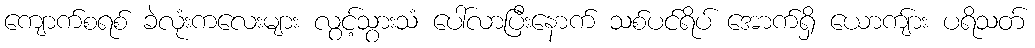
ကျောက်စရစ် ခဲလုံးကလေးများ လွင့်သွားသံ ပေါ်လာပြီးနောက် သစ်ပင်ရိပ် အောက်ရှိ ယောကျ်ား ပရိသတ်